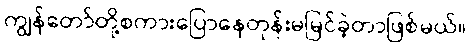
ကျွန်တော်တို့စကားပြောနေတုန်းမမြင်ခဲ့တာဖြစ်မယ်။